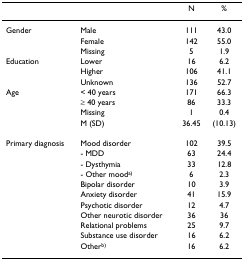
<table><thead><tr><td></td><td></td><td><b>N</b></td><td><b>%</b></td></tr></thead><tbody><tr><td>Gender</td><td>Male</td><td>111</td><td>43.0</td></tr><tr><td></td><td>Female</td><td>142</td><td>55.0</td></tr><tr><td></td><td>Missing</td><td>5</td><td>1.9</td></tr><tr><td>Education</td><td>Lower</td><td>16</td><td>6.2</td></tr><tr><td></td><td>Higher</td><td>106</td><td>41.1</td></tr><tr><td></td><td>Unknown</td><td>136</td><td>52.7</td></tr><tr><td>Age</td><td>&lt; 40 years</td><td>171</td><td>66.3</td></tr><tr><td></td><td>≥ 40 years</td><td>86</td><td>33.3</td></tr><tr><td></td><td>Missing</td><td>1</td><td>0.4</td></tr><tr><td></td><td>M (SD)</td><td>36.45</td><td>(10.13)</td></tr><tr><td>Primary diagnosis</td><td>Mood disorder</td><td>102</td><td>39.5</td></tr><tr><td></td><td>- MDD</td><td>63</td><td>24.4</td></tr><tr><td></td><td>- Dysthymia</td><td>33</td><td>12.8</td></tr><tr><td></td><td>- Other mood<sup>a)</sup></td><td>6</td><td>2.3</td></tr><tr><td></td><td>Bipolar disorder</td><td>10</td><td>3.9</td></tr><tr><td></td><td>Anxiety disorder</td><td>41</td><td>15.9</td></tr><tr><td></td><td>Psychotic disorder</td><td>12</td><td>4.7</td></tr><tr><td></td><td>Other neurotic disorder</td><td>36</td><td>36</td></tr><tr><td></td><td>Relational problems</td><td>25</td><td>9.7</td></tr><tr><td></td><td>Substance use disorder</td><td>16</td><td>6.2</td></tr><tr><td></td><td>Other<sup>b)</sup></td><td>16</td><td>6.2</td></tr></tbody></table>